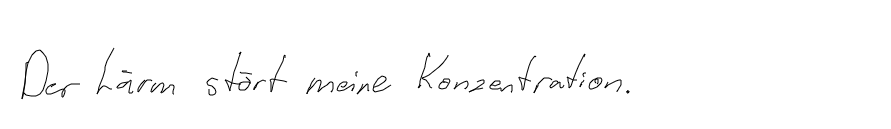
Der Lärm stört meine Konzentration.